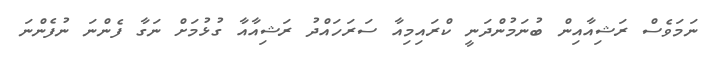
ނަމަވެސް ރަޝިއާއިން ބުނަމުންދަނީ ކްރައިމިއާ ސަރަހައްދު ރަޝިއާއާ ގުޅުމަށް ނަގާ ފެންނަ ނުފެންނަ